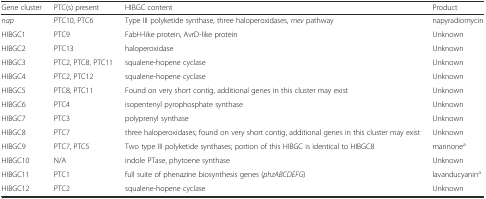
<table><thead><tr><td><b>Gene cluster</b></td><td><b>PTC(s) present</b></td><td><b>HIBGC content</b></td><td><b>Product</b></td></tr></thead><tbody><tr><td><i>nap</i></td><td>PTC10, PTC6</td><td>Type III polyketide synthase, three haloperoxidases, <i>mev</i> pathway</td><td>napyradiomycin</td></tr><tr><td>HIBGC1</td><td>PTC9</td><td>FabH-like protein, AvrD-like protein</td><td>Unknown</td></tr><tr><td>HIBGC2</td><td>PTC13</td><td>haloperoxidase</td><td>Unknown</td></tr><tr><td>HIBGC3</td><td>PTC2, PTC8, PTC11</td><td>squalene-hopene cyclase</td><td>Unknown</td></tr><tr><td>HIBGC4</td><td>PTC2, PTC12</td><td>squalene-hopene cyclase</td><td>Unknown</td></tr><tr><td>HIBGC5</td><td>PTC8, PTC11</td><td>Found on very short contig, additional genes in this cluster may exist</td><td>Unknown</td></tr><tr><td>HIBGC6</td><td>PTC4</td><td>isopentenyl pyrophosphate synthase</td><td>Unknown</td></tr><tr><td>HIBGC7</td><td>PTC3</td><td>polyprenyl synthase</td><td>Unknown</td></tr><tr><td>HIBGC8</td><td>PTC7</td><td>three haloperoxidases; found on very short contig, additional genes in this cluster may exist</td><td>Unknown</td></tr><tr><td>HIBGC9</td><td>PTC7, PTC5</td><td>Two type III polyketide synthases; portion of this HIBGC is identical to HIBGC8</td><td>marinone<sup>a</sup></td></tr><tr><td>HIBGC10</td><td>N/A</td><td>indole PTase, phytoene synthase</td><td>Unknown</td></tr><tr><td>HIBGC11</td><td>PTC1</td><td>full suite of phenazine biosynthesis genes (<i>phzABCDEFG</i>)</td><td>lavanducyanin<sup>a</sup></td></tr><tr><td>HIBGC12</td><td>PTC2</td><td>squalene-hopene cyclase</td><td>Unknown</td></tr></tbody></table>